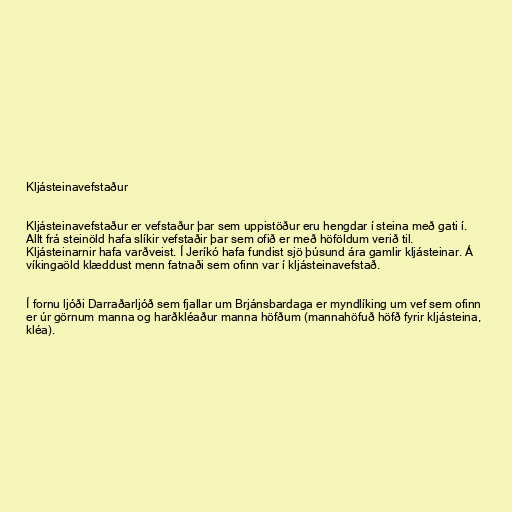
Kljásteinavefstaður

Kljásteinavefstaður er vefstaður þar sem uppistöður eru hengdar í steina með gati í.
Allt frá steinöld hafa slíkir vefstaðir þar sem ofið er með höföldum verið til.
Kljásteinarnir hafa varðveist. Í Jeríkó hafa fundist sjö þúsund ára gamlir kljásteinar. Á
víkingaöld klæddust menn fatnaði sem ofinn var í kljásteinavefstað.

Í fornu ljóði Darraðarljóð sem fjallar um Brjánsbardaga er myndlíking um vef sem ofinn
er úr görnum manna og harðkléaður manna höfðum (mannahöfuð höfð fyrir kljásteina,
kléa).